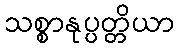
သစ္စာနုပ္ပတ္တိယာ